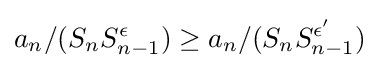
a_{n}/(S_{n}S_{n-1}^{\epsilon })\geq a_{n}/(S_{n}S_{n-1}^{\epsilon '})